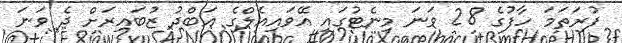
ފުރަތަމަ ހާފުގެ 28 ވަނަ މިނެޓުގައި އޭވައިއެލްގެ އަބްދު ޒުބައިރަށް ދެ ވަނަ